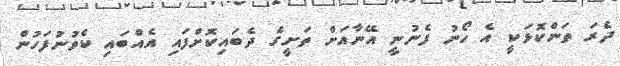
ދެރަ ތަންކޮޅަކީ އެ ހޯނު ފެނުނީ އޭނާއަށް ތަށީގެ ދެބައިކޮށްފައި އެއްބައި ކެވުނުފަހުން